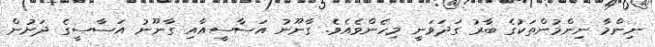
ނިންމާ ނިންމުންތަކުގެ ބާރު ގަދަވަނީ މިހެންވެއެވެ. ގާނޫނު އަސާސީއާއި ގާނޫނު އަސާސީގެ ދަށުން